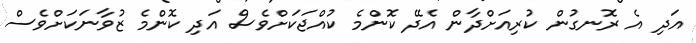
އަދި އެ ރޮނގުން ކުރިއަށްދާން އެދޭ ކޮންމެ ކުއްޖަކަށްވެސް އަދި ކޮންމެ ޒުވާނަކަށްވެސް